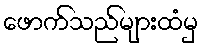
ဖောက်သည်များထံမှ